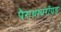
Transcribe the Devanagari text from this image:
पैराथायरॉयड